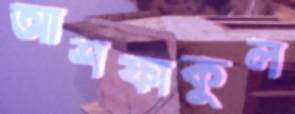
আশফাকুল